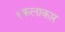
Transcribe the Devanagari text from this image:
१कलाकार